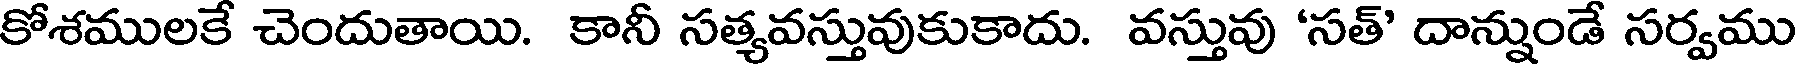
కోశములకే చెందుతాయి. కానీ సత్యవస్తువుకుకాదు. వస్తువు 'సత్' దాన్నుండే సర్వము